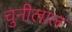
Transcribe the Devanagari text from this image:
चुनीलाल